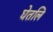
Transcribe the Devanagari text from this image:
घेतलि